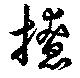
撩